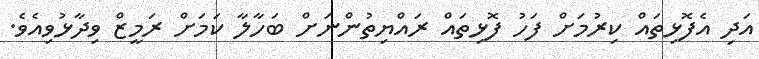
އަދި އެފޮޅިތައް ކިރުމަށް ފަހު ފޮޅިތައް ރައްޔިތުންނަށް ބަހާލާ ކަމަށް ރަމީޒް ވިދާޅުވިއެވެ.